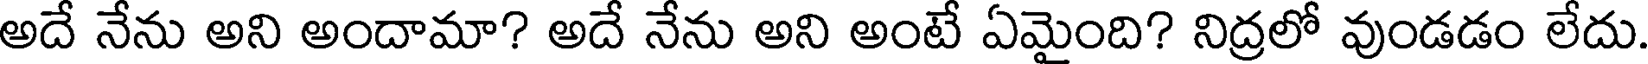
అదే నేను అని అందామా? అదే నేను అని అంటే ఏమైంది? నిద్రలో వుండడం లేదు